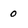
Character: 0